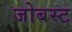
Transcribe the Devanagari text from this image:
जोबस्ट